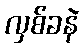
လှစ်ခနဲ